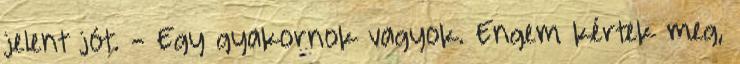
jelent jót. - Egy gyakornok vagyok. Engem kértek meg,